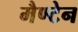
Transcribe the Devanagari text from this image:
मैण्टेन